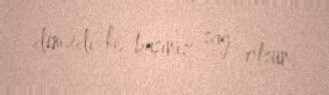
demədi ki, başınız sağ olsun.